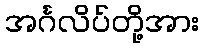
အင်္ဂလိပ်တို့အား